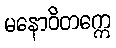
မနောဝိတက္ကေ